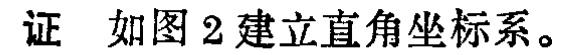
证 如图2建立直角坐标系。